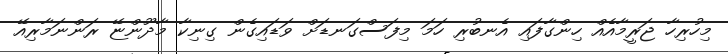
މިހުރިހާ ޖަރީމާއެއް ހިންގާފައި އެނބުރި ހަމަ މިފަސްގަނޑަށް ވަޑައިގެން ގިނިކާ މާދޫންޏޭ ރަންނަމާރިއޭ